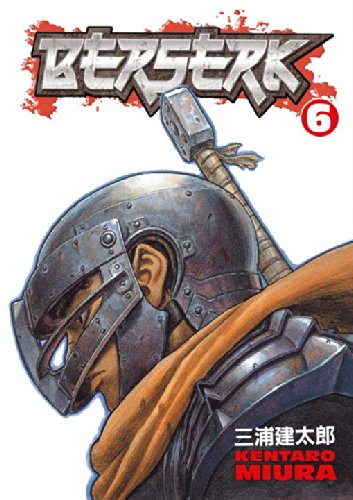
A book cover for Berserk, Vol. 6; Kentaro Miura; Comics & Graphic Novels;